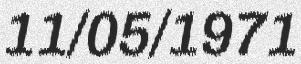
11/05/1971